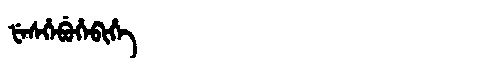
Manchu: ᡶᡝᠰᡥᡝᠪᡠᡥᡝᠪᡳᡥᡝ
Romanization: FESHEBUHEBIHE